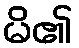
မိ၏